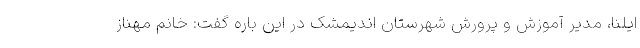
ایلنا، مدیر آموزش و پرورش شهرستان اندیمشک در این باره گفت: خانم مهناز